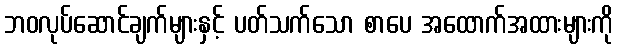
ဘဝလုပ်ဆောင်ချက်များနှင့် ပတ်သက်သော စာပေ အထောက်အထားများကို